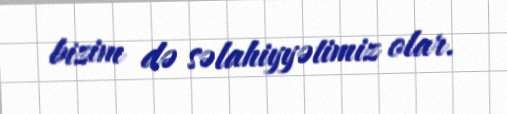
bizim də səlahiyyətimiz olar.